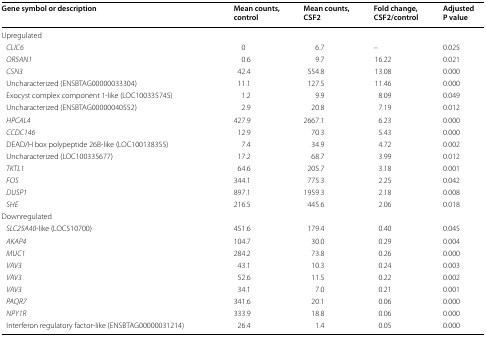
<table><thead><tr><td><b>Gene symbol or description</b></td><td><b>Mean counts, control</b></td><td><b>Mean counts, CSF2</b></td><td><b>Fold change, CSF2/control</b></td><td><b>Adjusted P value</b></td></tr></thead><tbody><tr><td colspan="5">Upregulated</td></tr><tr><td> <i>CLIC6</i></td><td>0</td><td>6.7</td><td>–</td><td>0.025</td></tr><tr><td> <i>OR5AN1</i></td><td>0.6</td><td>9.7</td><td>16.22</td><td>0.021</td></tr><tr><td> <i>CSN3</i></td><td>42.4</td><td>554.8</td><td>13.08</td><td>0.000</td></tr><tr><td> Uncharacterized (ENSBTAG00000033304)</td><td>11.1</td><td>127.5</td><td>11.46</td><td>0.000</td></tr><tr><td> Exocyst complex component 1-like (LOC100335745)</td><td>1.2</td><td>9.9</td><td>8.09</td><td>0.049</td></tr><tr><td> Uncharacterized (ENSBTAG00000040552)</td><td>2.9</td><td>20.8</td><td>7.19</td><td>0.012</td></tr><tr><td> <i>HPCAL4</i></td><td>427.9</td><td>2667.1</td><td>6.23</td><td>0.000</td></tr><tr><td> <i>CCDC146</i></td><td>12.9</td><td>70.3</td><td>5.43</td><td>0.000</td></tr><tr><td> DEAD/H box polypeptide 26B-like (LOC100138355)</td><td>7.4</td><td>34.9</td><td>4.72</td><td>0.002</td></tr><tr><td> Uncharacterized (LOC100335677)</td><td>17.2</td><td>68.7</td><td>3.99</td><td>0.012</td></tr><tr><td> <i>TKTL1</i></td><td>64.6</td><td>205.7</td><td>3.18</td><td>0.001</td></tr><tr><td> <i>FOS</i></td><td>344.1</td><td>775.3</td><td>2.25</td><td>0.042</td></tr><tr><td> <i>DUSP1</i></td><td>897.1</td><td>1959.3</td><td>2.18</td><td>0.008</td></tr><tr><td> <i>SHE</i></td><td>216.5</td><td>445.6</td><td>2.06</td><td>0.018</td></tr><tr><td colspan="5">Downregulated</td></tr><tr><td> <i>SLC25A40</i>-like (LOC510700)</td><td>451.6</td><td>179.4</td><td>0.40</td><td>0.045</td></tr><tr><td> <i>AKAP4</i></td><td>104.7</td><td>30.0</td><td>0.29</td><td>0.004</td></tr><tr><td> <i>MUC1</i></td><td>284.2</td><td>73.8</td><td>0.26</td><td>0.000</td></tr><tr><td> <i>VAV3</i></td><td>43.1</td><td>10.3</td><td>0.24</td><td>0.003</td></tr><tr><td> <i>VAV3</i></td><td>52.6</td><td>11.5</td><td>0.22</td><td>0.002</td></tr><tr><td> <i>VAV3</i></td><td>34.1</td><td>7.0</td><td>0.21</td><td>0.001</td></tr><tr><td> <i>PAQR7</i></td><td>341.6</td><td>20.1</td><td>0.06</td><td>0.000</td></tr><tr><td> <i>NPY1R</i></td><td>333.9</td><td>18.8</td><td>0.06</td><td>0.000</td></tr><tr><td> Interferon regulatory factor-like (ENSBTAG00000031214)</td><td>26.4</td><td>1.4</td><td>0.05</td><td>0.000</td></tr></tbody></table>